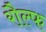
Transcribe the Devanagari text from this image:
रौल्फ